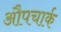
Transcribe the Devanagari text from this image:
औपचार्क